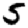
Digit: 5